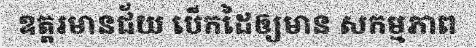
ឧត្តរមានជ័យ បើកដៃឲ្យមាន សកម្មភាព